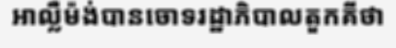
អាល្លឺម៉ង់បានចោទរដ្ឋាភិបាលតួកគីថា